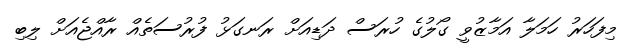
މިފަހަރު ހަމަލާ އަމާޒުވީ ގޯލުގެ ހުރަސް ދަޑިއަށް ރަނގަޅު ފުރުސަތެއް ރާއްޖެއަށް ލިބި